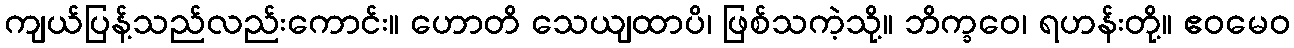
ကျယ်ပြန့်သည်လည်းကောင်း။ ဟောတိ သေယျထာပိ၊ ဖြစ်သကဲ့သို့။ ဘိက္ခဝေ၊ ရဟန်းတို့။ ဧဝမေဝ